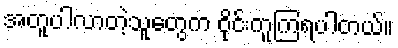
အတူပါလာတဲ့သူတွေက ဝိုင်းကူကြရပါတယ်။